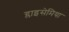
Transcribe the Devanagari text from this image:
ग्लाइसेमिया